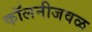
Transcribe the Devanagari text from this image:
कॉलनीजवळ